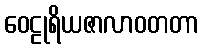
ဝေဠုရိယဇာလာဝတတာ